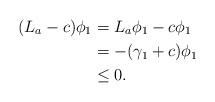
LaTeX: \begin{align*}(L_a-c)\phi_1&= L_a\phi_1-c\phi_1\\&=-(\gamma_1+ c)\phi_1\\&\leq 0.\end{align*}